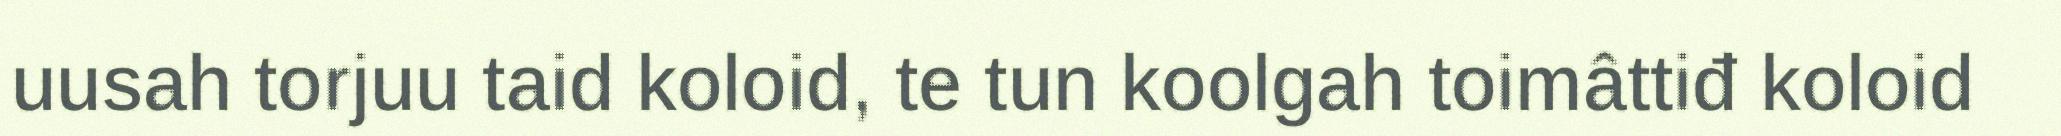
uusah torjuu taid koloid, te tun koolgah toimâttiđ koloid